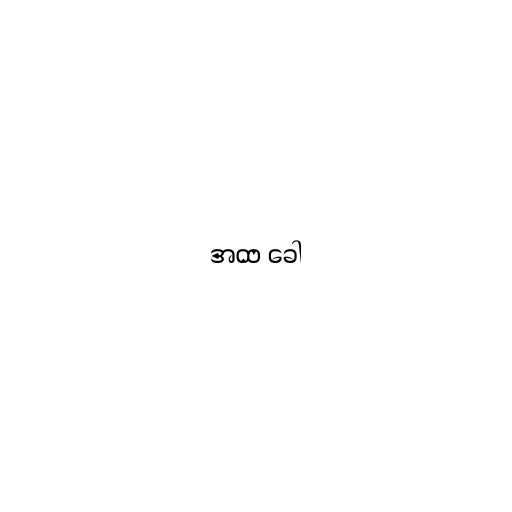
အထ ခေါ